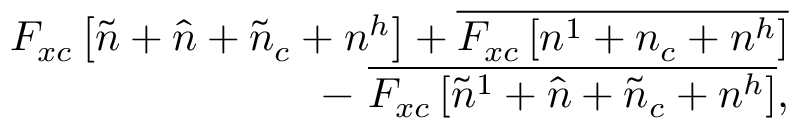
\begin{array} { r l r } & { } & { F _ { x c } \left[ \tilde { n } + \hat { n } + \tilde { n } _ { c } + n ^ { h } \right] + \overline { { F _ { x c } \left[ n ^ { 1 } + n _ { c } + n ^ { h } \right] } } } \\ & { } & { - ~ \overline { { F _ { x c } \left[ \tilde { n } ^ { 1 } + \hat { n } + \tilde { n } _ { c } + n ^ { h } \right] } } , } \end{array}